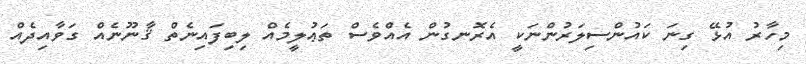
މިހާރު އުޅޭ ގިނަ ކައުންސިލަރުންނަކީ އެރޮނގުން އެއްވެސް ތަޢުލީމެއް ލިބިފައިނެތް ޤާނޫނެއް ގަވާއިދެއް